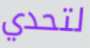
لتحدي